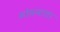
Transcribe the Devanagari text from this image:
मोसमाला